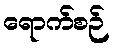
ရောက်စဉ်